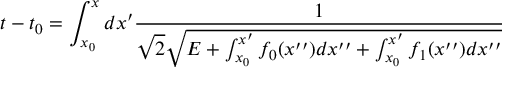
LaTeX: t - t _ { 0 } = \int _ { x _ { 0 } } ^ { x } d x ^ { \prime } \frac { 1 } { \sqrt { 2 } \sqrt { E + \int _ { x _ { 0 } } ^ { x ^ { \prime } } f _ { 0 } ( x ^ { \prime \prime } ) d x ^ { \prime \prime } + \int _ { x _ { 0 } } ^ { x ^ { \prime } } f _ { 1 } ( x ^ { \prime \prime } ) d x ^ { \prime \prime } } }